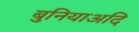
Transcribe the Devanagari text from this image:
बुनियाअदि